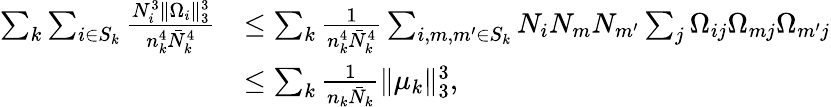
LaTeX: \begin{array}{rl}{\sum_{k}\sum_{i\in S_{k}}\frac{N_{i}^{3}\| \Omega_{i}\| _{3}^{3}}{n_{k}^{4}\bar{N}_{k}^{4}}}&{\leq\sum_{k}\frac{1}{n_{k}^{4}\bar{N}_{k}^{4}}\sum_{i,m,m^{\prime}\in S_{k}}N_{i}N_{m}N_{m^{\prime}}\sum_{j}\Omega_{ij}\Omega_{mj}\Omega_{m^{\prime}j}}\\ &{\leq\sum_{k}\frac{1}{n_{k}\bar{N}_{k}}\| \mu_{k}\| _{3}^{3},}\end{array}